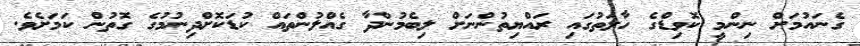
ގެނައުމަށް ނިންމީ ކޮވިޑްގެ ހާލަތުގައި ރައްޔިތުންނަށް ލިބެމުންދާ ގެއްލުންތައް ކުޑަކޮށްދިނުމުގެ ގޮތުން ކަމަށެވެ.